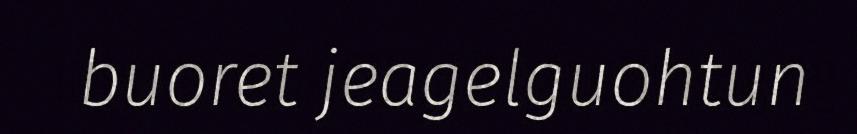
buoret jeagelguohtun